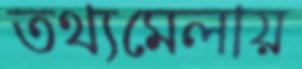
তথ্যমেলায়